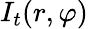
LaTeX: I_{t}(r,\varphi)